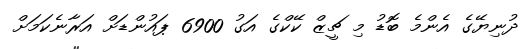
ދުނިޔޭގެ އެންމެ ބޮޑު މި ޗީޒް ކޭކްގެ އަގު 6900 ޕައުންޑަށް އަރާނެކަމަށް